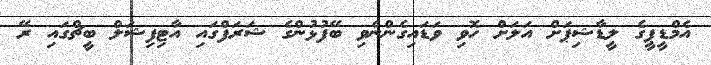
އެމްޑީޕީގެ ލީޑާޝިޕަށް އަލަށް ހޮވި ވަޑައިގެންނެވި ބޭފުޅުންގެ ޝަރަފްގައި އާޓިފިޝަލް ބީޗްގައި ރޭ